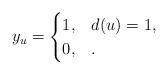
LaTeX: \begin{align*}y_u =\begin{cases}1, & d(u) = 1, \\0, & .\end{cases}\end{align*}